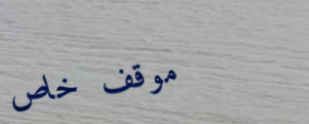
موقف خاص